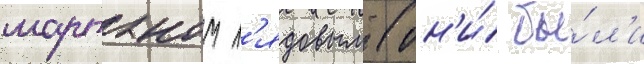
мартыном л'ядовым (он'и́ бы́л'и